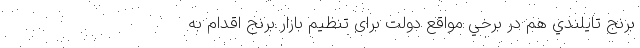
برنج تايلندي هم در برخي مواقع دولت برای تنظیم بازار برنج اقدام به